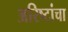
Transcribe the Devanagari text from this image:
अरिष्टांचा